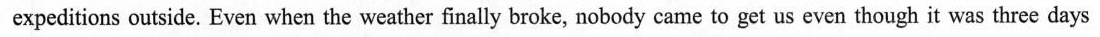
expeditions outside. Even when the weather finally broke, nobody came to get us even though it was three days